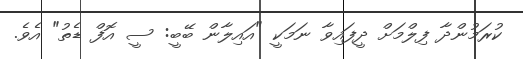
ކުރަމުންދާ ފިލްމަށް ދީފައިވާ ނަމަކީ "އައިލާން ބޭބީ: ސީ އޮފް ޑެތު" އެވެ.